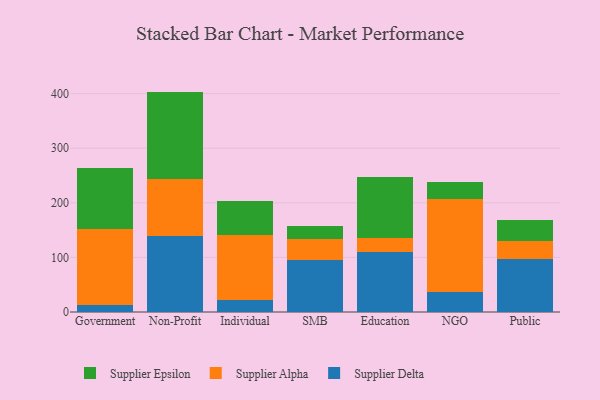
{"axis": {"x": "Segment", "y": "Headcount"}, "legend": ["Supplier Alpha", "Supplier Delta", "Supplier Epsilon"], "data": [{"x": "Government", "y": 13.7, "type": "Supplier Delta"}, {"x": "Government", "y": 137.7, "type": "Supplier Alpha"}, {"x": "Government", "y": 112.1, "type": "Supplier Epsilon"}, {"x": "Non-Profit", "y": 138.6, "type": "Supplier Delta"}, {"x": "Non-Profit", "y": 105.3, "type": "Supplier Alpha"}, {"x": "Non-Profit", "y": 159.8, "type": "Supplier Epsilon"}, {"x": "Individual", "y": 21.7, "type": "Supplier Delta"}, {"x": "Individual", "y": 119.4, "type": "Supplier Alpha"}, {"x": "Individual", "y": 62.9, "type": "Supplier Epsilon"}, {"x": "SMB", "y": 95.1, "type": "Supplier Delta"}, {"x": "SMB", "y": 38.3, "type": "Supplier Alpha"}, {"x": "SMB", "y": 24.9, "type": "Supplier Epsilon"}, {"x": "Education", "y": 110.6, "type": "Supplier Delta"}, {"x": "Education", "y": 25.2, "type": "Supplier Alpha"}, {"x": "Education", "y": 111.5, "type": "Supplier Epsilon"}, {"x": "NGO", "y": 36.6, "type": "Supplier Delta"}, {"x": "NGO", "y": 170.4, "type": "Supplier Alpha"}, {"x": "NGO", "y": 30.7, "type": "Supplier Epsilon"}, {"x": "Public", "y": 96.9, "type": "Supplier Delta"}, {"x": "Public", "y": 33.2, "type": "Supplier Alpha"}, {"x": "Public", "y": 38.2, "type": "Supplier Epsilon"}]}